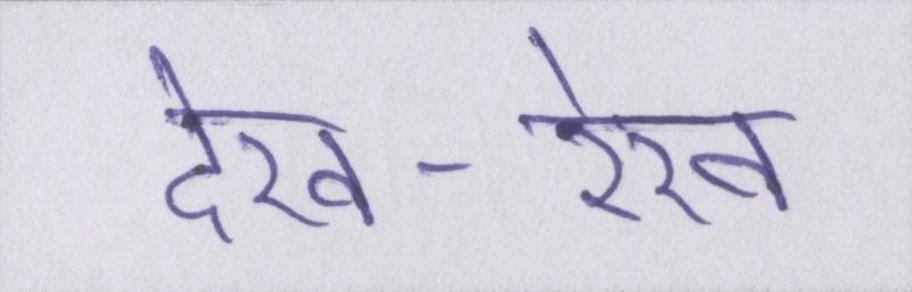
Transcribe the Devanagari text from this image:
देख-रेख